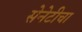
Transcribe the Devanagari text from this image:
सेनेटीचा